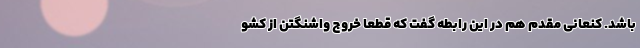
باشد. کنعانی مقدم هم در این رابطه گفت که قطعا خروج واشنگتن از کشو